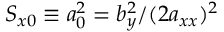
S _ { x 0 } \equiv a _ { 0 } ^ { 2 } = b _ { y } ^ { 2 } / ( 2 a _ { x x } ) ^ { 2 }